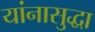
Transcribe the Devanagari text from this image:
यांनासुद्धा